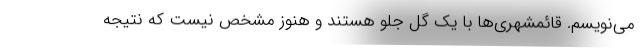
می‌نویسم. قائمشهری‌ها با یک گل جلو هستند و هنوز مشخص نیست که نتیجه